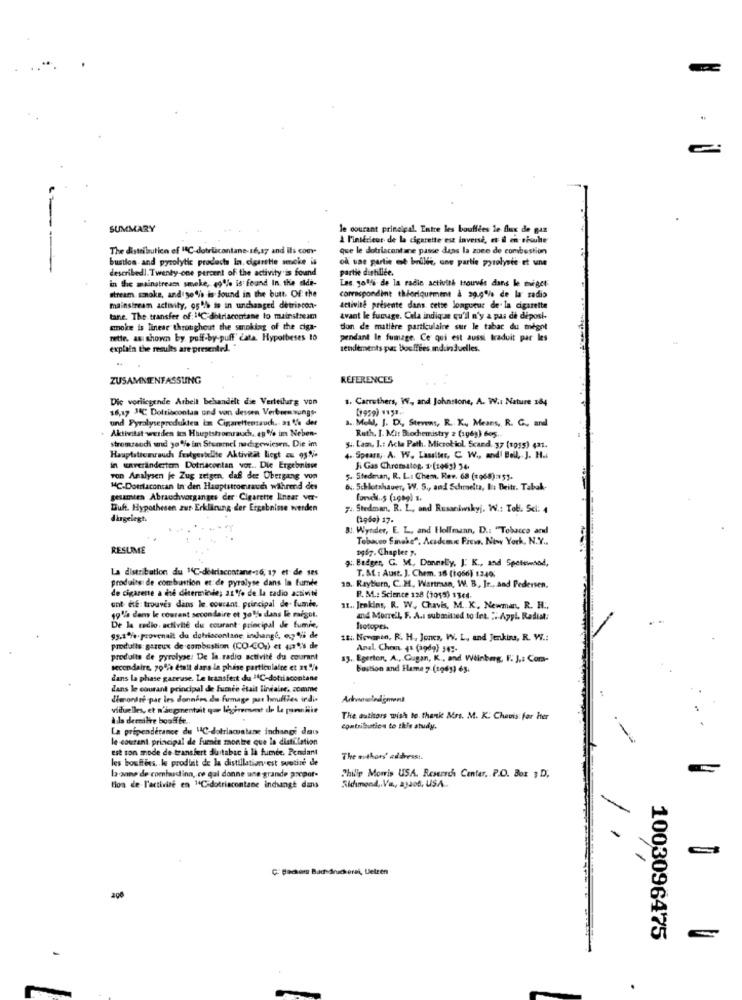
SUMMARY
le courant principal. Entre les bouffées le flux de gaz
-
A l'intérieur de la cigarette est inverse, et il en esube
The distribution of 14℃ dotricantane-16,17 and its com-
que le dotriacontane passe dans la zone de combustion
bustion and pyrolytic products In. cigarette smoke is
od une partie ost brilie, une partie pyrolysee et une
describedl. Twenty-one percent of the activity is found
partie distillée.
in the mainstream smoke, 49% is found In the eldi-
Las. golfs de la radio activith trouvée dans le meget
stream smoke, and see is found in the butt. Of: the
correspondint théoriquement à 29.9% de la radio
mainstream activity, os% is in unchanged detriscon-
activité présente dans cette longueur de la cigarette
tane. The transfer of: 14℃ dotriacontane to mainstream
avant le fumage. Cela indique qu'il n'y a pas de deposi-
coke is linear throughout the smoking of the ciga-
tion de matière particulaire sur le tabac du meget
mette. as shown by, puff-by-puff' data. Hypotheses to
pendant le fumage. Ce qui est aussi traduit par les
explain the results are presented. "
tendements put bouffées induin Juelles.
ZUSAMMENFASSUNG
REFERENCES
Die vorliegende Arbeit behandelt die Verteilung von
1. Carruthers, W ., and Johnstone, A. W .: Nature 184
16,17 34℃ Dolibcontan und von dessen Verborn sungs-
(1959) 1131.
und Fyralyseprodukten im Cigaretteesauch. as fe det
a .. Meld, J. D ., Stevens, R. Ky Means, R. G ., and
Aktivitat werden ten Hauptstromrauch, 49 % im Neben-
Ruth, I. Mi: Biochemistry 2 (1gey) bos.
stromzaodi und 10% im Stummel nachgewiesen. Die im
54. Lam. I .: Acha Path. Microbiol. Scand. 37 (1955) (21.
Hauptstionrauch festgestellte Aktivität liegt z 93%.
4. Spears, A. W. Lassiter, C. W ., and' Bell, J. H.
in caverändertem Detriacentan vor .. Die Ergebnisse
Si Gas Chromatog. 1.(1063) 34.
von Analysen je Zug zeigen, daf der Übergang von
5. Stedman, R. L. Chem. Rev. 68 (1968) =51.
MC-Domlacontan In den Hauptittomach während des
6 ., Schlotshaver, W. S ., and Schmelts, bis Beitr. Tabak-
gesamten Abrauchvorganges der Cigarette linear ver-
Buff. Hypothesen zur Erklärung-der Ergebnisse werden
74. Stedman. R. L, and Rusaniwskyj. W .: Tobi. Sci: 4
dingelegt.
(1960) 17.
BI. Wynder, E. L, and Follmann, D .: "Tobacco and
Tobacco Sinche": Academic Pieve. New York, N.Y ..
RESUME
1967. Chaplet 7.
: Badges, G. M ., Donnely, J. K ., and Spettmetod,
La distribution du 14℃-delriscontane-16, 17 et de ses
T. &f : Aust. J. Chem. 16 (1066) 1240;
produits de combustion et de pyrolyse dans la fumée
de cigarene a dé déterminée; 21% de la radio activité
10. Rayburn, C.M ., Wartrasn, W. B ., Ir ., and Pedersen,
P. M .: Science 128 (2015) 1344.
ont te trouves dans le. courant. principal de- Eumie,
11 ., Jenkins, R. W ., Chavis, M .. K. Newman, R. H ..
19'la dem le courant secondaire et Jo% dans le migot.
and Morrell, F. A.I submitted to Int. :: Appl. Radial:
De la radio. activité du courant principal de fumie,
Isotopes.
93,1%%. provenait du dofriocontane imchange, e7% de
It: Nowarto, R. H. Jones, W. L, and Jenkins, R. W .:
produits gareux de combustion (CO-CO:) et 42% de
Anal. Chem +1 (aodg) 14".
produits de pyrolyse: De la radio activité du courant
13. Egerton, A ., Gugan, K, and Wiinbag, F. J .: Com-
secondaire, 70% était dans la phase particulaire et ze .!!
Boston and Fame 7 (1961) 65.
dans la phase gazeuse. Le transfert du 14℃-dottiacontane
dans le courant principal de fumée était lindaler. comme
Therondre par les données du fumage par houffies indie
viduelles, et n'segmentait que leggiremet de Le pomnilie
Als dermitte bouffée.
The authors wish to thank Mrs. M. K. Cheuis: for hter
La preponderance du 14℃-dotriacutane inchange das
contribution to this study.
le courant principal de furnis montre que la diatilation
-
est son mode de transfert duitabac à la fumée. Pendant
les bouffees. le produit de la distillation est wvutire de
The authors' address :.
la anne de corniaudinn, ce qui donne une grande propor-
Philip Morris USA. Reserch Center, P.O. Box ; D,
tion de l'activise en 14C-dotriacontane indunge dans
Sidimond ,. Va ., 23205, USA ..
Ç: Factors Baddruckerei, Uelzen
200
1003096475